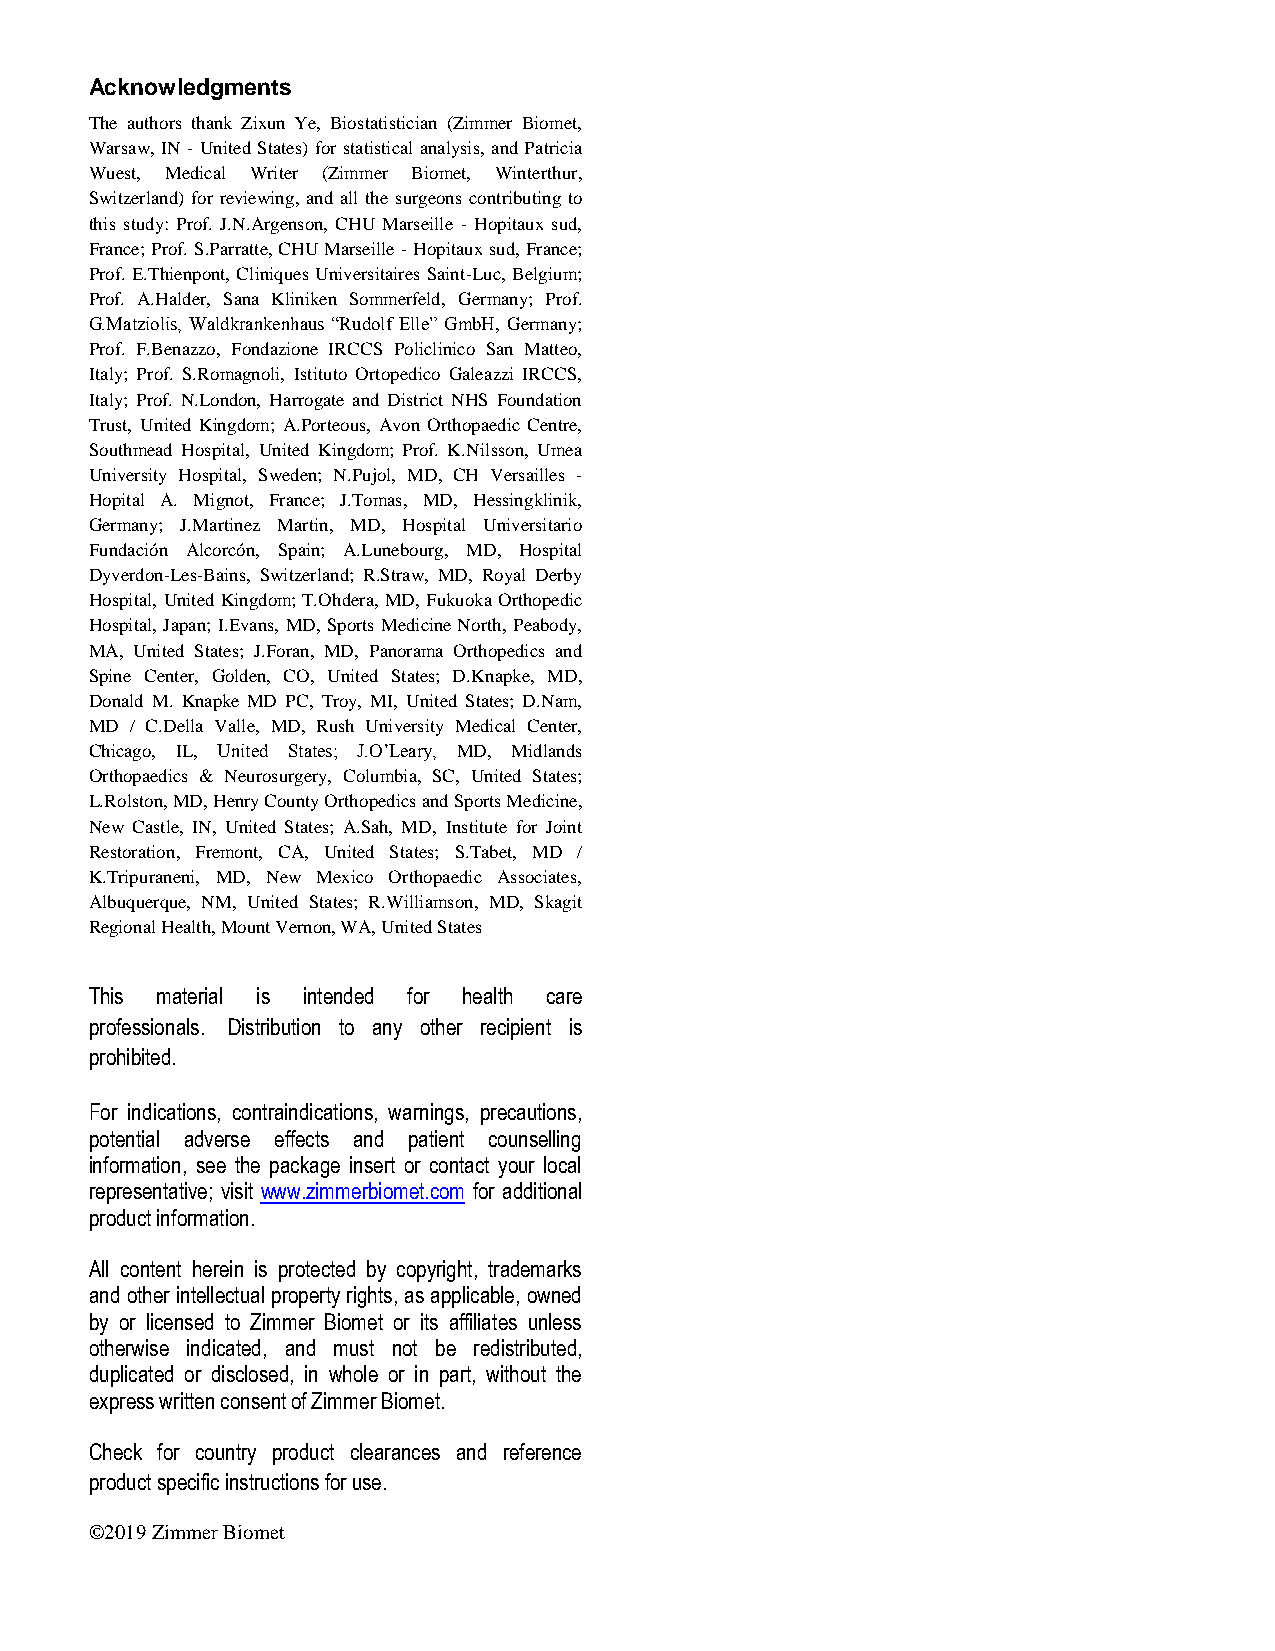
Acknowledgments
 The authors thank Zixun Ye, Biostatistician (Zimmer Biomet,
 Warsaw, IN - United States) for statistical analysis, and Patricia
 Wuest, Medical Writer (Zimmer Biomet, Winterthur,
 Switzerland) for reviewing, and all the surgeons contributing to
 this study: Prof. J.N.Argenson, CHU Marseille - Hopitaux sud,
 France; Prof. S.Parratte, CHU Marseille - Hopitaux sud, France;
 Prof. E.Thienpont, Cliniques Universitaires Saint-Luc, Belgium;
 Prof. A.Halder, Sana Kliniken Sommerfeld, Germany; Prof.
 G.Matziolis, Waldkrankenhaus “Rudolf Elle” GmbH, Germany;
 Prof. F.Benazzo, Fondazione IRCCS Policlinico San Matteo,
 Italy; Prof. S.Romagnoli, Istituto Ortopedico Galeazzi IRCCS,
 Italy; Prof. N.London, Harrogate and District NHS Foundation
 Trust, United Kingdom; A.Porteous, Avon Orthopaedic Centre,
 Southmead Hospital, United Kingdom; Prof. K.Nilsson, Umea
 University Hospital, Sweden; N.Pujol, MD, CH Versailles -
 Hopital A. Mignot, France; J.Tomas, MD, Hessingklinik,
 Germany; J.Martinez Martin, MD, Hospital Universitario
 Fundación Alcorcón, Spain; A.Lunebourg, MD, Hospital
 Dyverdon-Les-Bains, Switzerland; R.Straw, MD, Royal Derby
 Hospital, United Kingdom; T.Ohdera, MD, Fukuoka Orthopedic
 Hospital, Japan; I.Evans, MD, Sports Medicine North, Peabody,
 MA, United States; J.Foran, MD, Panorama Orthopedics and
 Spine Center, Golden, CO, United States; D.Knapke, MD,
 Donald M. Knapke MD PC, Troy, MI, United States; D.Nam,
 MD / C.Della Valle, MD, Rush University Medical Center,
 Chicago, IL, United States; J.O’Leary, MD, Midlands
 Orthopaedics & Neurosurgery, Columbia, SC, United States;
 L.Rolston, MD, Henry County Orthopedics and Sports Medicine,
 New Castle, IN, United States; A.Sah, MD, Institute for Joint
 Restoration, Fremont, CA, United States; S.Tabet, MD /
 K.Tripuraneni, MD, New Mexico Orthopaedic Associates,
 Albuquerque, NM, United States; R.Williamson, MD, Skagit
 Regional Health, Mount Vernon, WA, United States
 This material is intended for health care
 professionals. Distribution to any other recipient is
 prohibited.
 For indications, contraindications, warnings, precautions,
 potential adverse effects and patient counselling
 information, see the package insert or contact your local
 representative; visit www.zimmerbiomet.com for additional
 product information.
 All content herein is protected by copyright, trademarks
 and other intellectual property rights, as applicable, owned
 by or licensed to Zimmer Biomet or its affiliates unless
 otherwise indicated, and must not be redistributed,
 duplicated or disclosed, in whole or in part, without the
 express written consent of Zimmer Biomet.
 Check for country product clearances and reference
 product specific instructions for use.
 ©2019 Zimmer Biomet